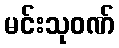
မင်းသုဝဏ်